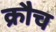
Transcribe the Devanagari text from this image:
क्रौच